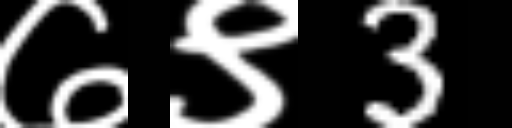
Text: ७९3